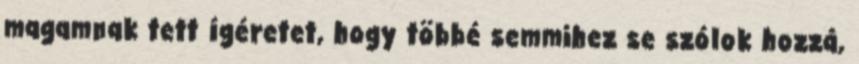
magamnak tett ígéretet, hogy többé semmihez se szólok hozzá,